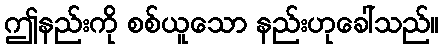
ဤနည်းကို စစ်ယူသော နည်းဟုခေါ်သည်။